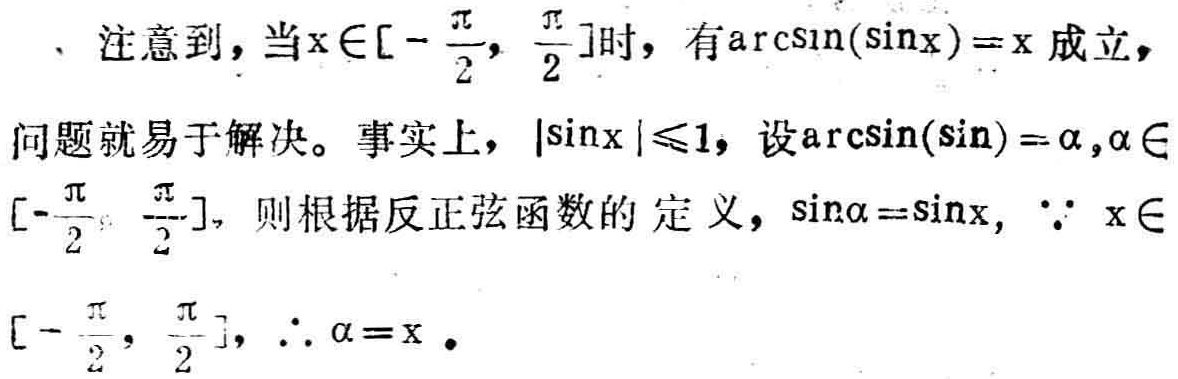
、注意到，当\(x\in[-\frac{\pi}{2}, \frac{\pi}{2}]\)时，有\(\arcsin(\sin x)=x\)成立，
问题就易于解决。事实上，\(|\sin x|\leq1\)，设\(\arcsin(\sin)=\alpha,\alpha\in[-\frac{\pi}{2}, \frac{\pi}{2}]\)，则根据反正弦函数的定义，\(\sin\alpha=\sin x\)，\(\because x\in[-\frac{\pi}{2}, \frac{\pi}{2}]\)，\(\therefore \alpha = x\)。